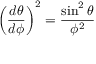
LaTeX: \left( { \frac { d \theta } { d \phi } } \right) ^ { 2 } = { \frac { \sin ^ { 2 } \theta } { \phi ^ { 2 } } }